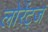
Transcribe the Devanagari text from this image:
लोरेंट्ज